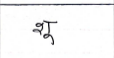
मजकूर: शू